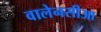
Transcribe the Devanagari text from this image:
वालेनसीआ